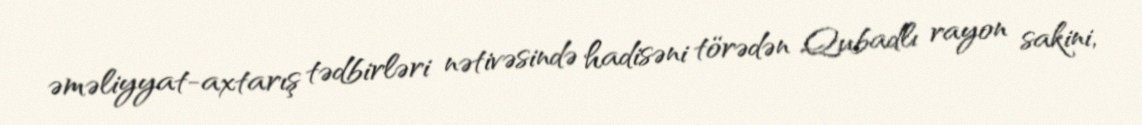
əməliyyat-axtarış tədbirləri nətivəsində hadisəni törədən Qubadlı rayon sakini,